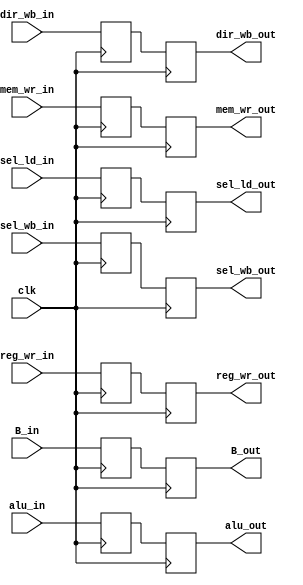
module registro_ex_mem (clk,
								alu_in,
								alu_out,
								B_in,
								B_out,
								dir_wb_in,
								dir_wb_out,
								mem_wr_in,
								mem_wr_out,
								sel_wb_in,
								sel_wb_out,
								reg_wr_in,
								reg_wr_out,
								sel_ld_in,
								sel_ld_out);



reg [31:0] alu;
reg [31:0] B;
reg [3:0] dir_wb;
reg mem_wr;
reg sel_wb;
reg reg_wr;
reg sel_ld;

input clk;
input wire [31:0] alu_in;
input wire [31:0] B_in;
input wire [3:0]dir_wb_in;
input wire mem_wr_in;
input wire sel_wb_in;
input wire reg_wr_in;
input wire sel_ld_in;

output reg [31:0] alu_out;
output reg [31:0] B_out;
output reg [3:0] dir_wb_out;
output reg mem_wr_out;
output reg sel_wb_out;
output reg reg_wr_out;
output reg sel_ld_out;



always @(posedge clk)
begin
    alu<= alu_in;
	 B<=B_in;
	 dir_wb<=dir_wb_in;
	 mem_wr<=mem_wr_in;
	 sel_wb<=sel_wb_in;
	 reg_wr<=reg_wr_in;
	 sel_ld<=sel_ld_in;
end

always @(negedge clk)
begin
    alu_out<= alu;
	 B_out<=B;
	 dir_wb_out<=dir_wb;
	 mem_wr_out<=mem_wr;
	 sel_wb_out<=sel_wb;
	 reg_wr_out<=reg_wr;
	 sel_ld_out<=sel_ld;
end


endmodule